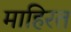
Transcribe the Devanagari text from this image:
माहिरत